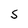
Character: S